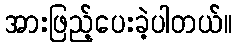
အားဖြည့်ပေးခဲ့ပါတယ်။